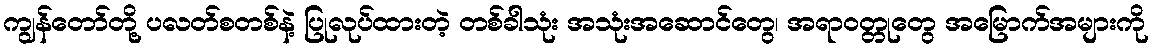
ကျွန်တော်တို့ ပလတ်စတစ်နဲ့ ပြုလုပ်ထားတဲ့ တစ်ခါသုံး အသုံးအဆောင်တွေ၊ အရာဝတ္တုတွေ အမြောက်အများကို